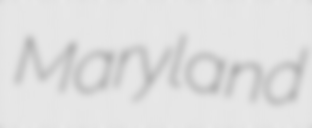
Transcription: Maryland